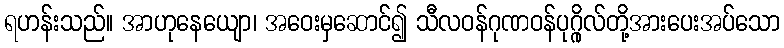
ရဟန်းသည်။ အာဟုနေယျော၊ အဝေးမှဆောင်၍ သီလဝန်ဂုဏဝန်ပုဂ္ဂိုလ်တို့အားပေးအပ်သော